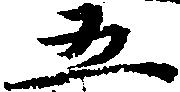
五